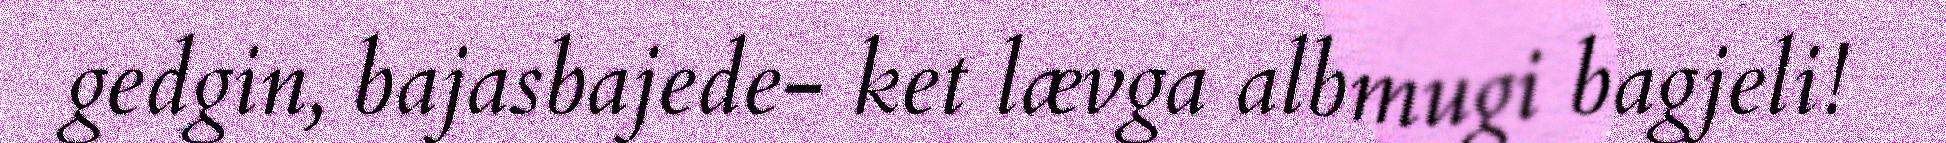
gedgin, bajasbajede- ket lævga albmugi bagjeli!